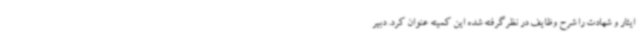
ایثار و شهادت را شرح وظایف در نظرگرفته شده این کمیته عنوان کرد. دبیر